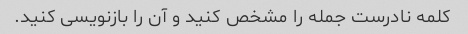
کلمه نادرست جمله را مشخص کنید و آن را بازنویسی کنید.